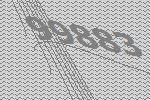
99883